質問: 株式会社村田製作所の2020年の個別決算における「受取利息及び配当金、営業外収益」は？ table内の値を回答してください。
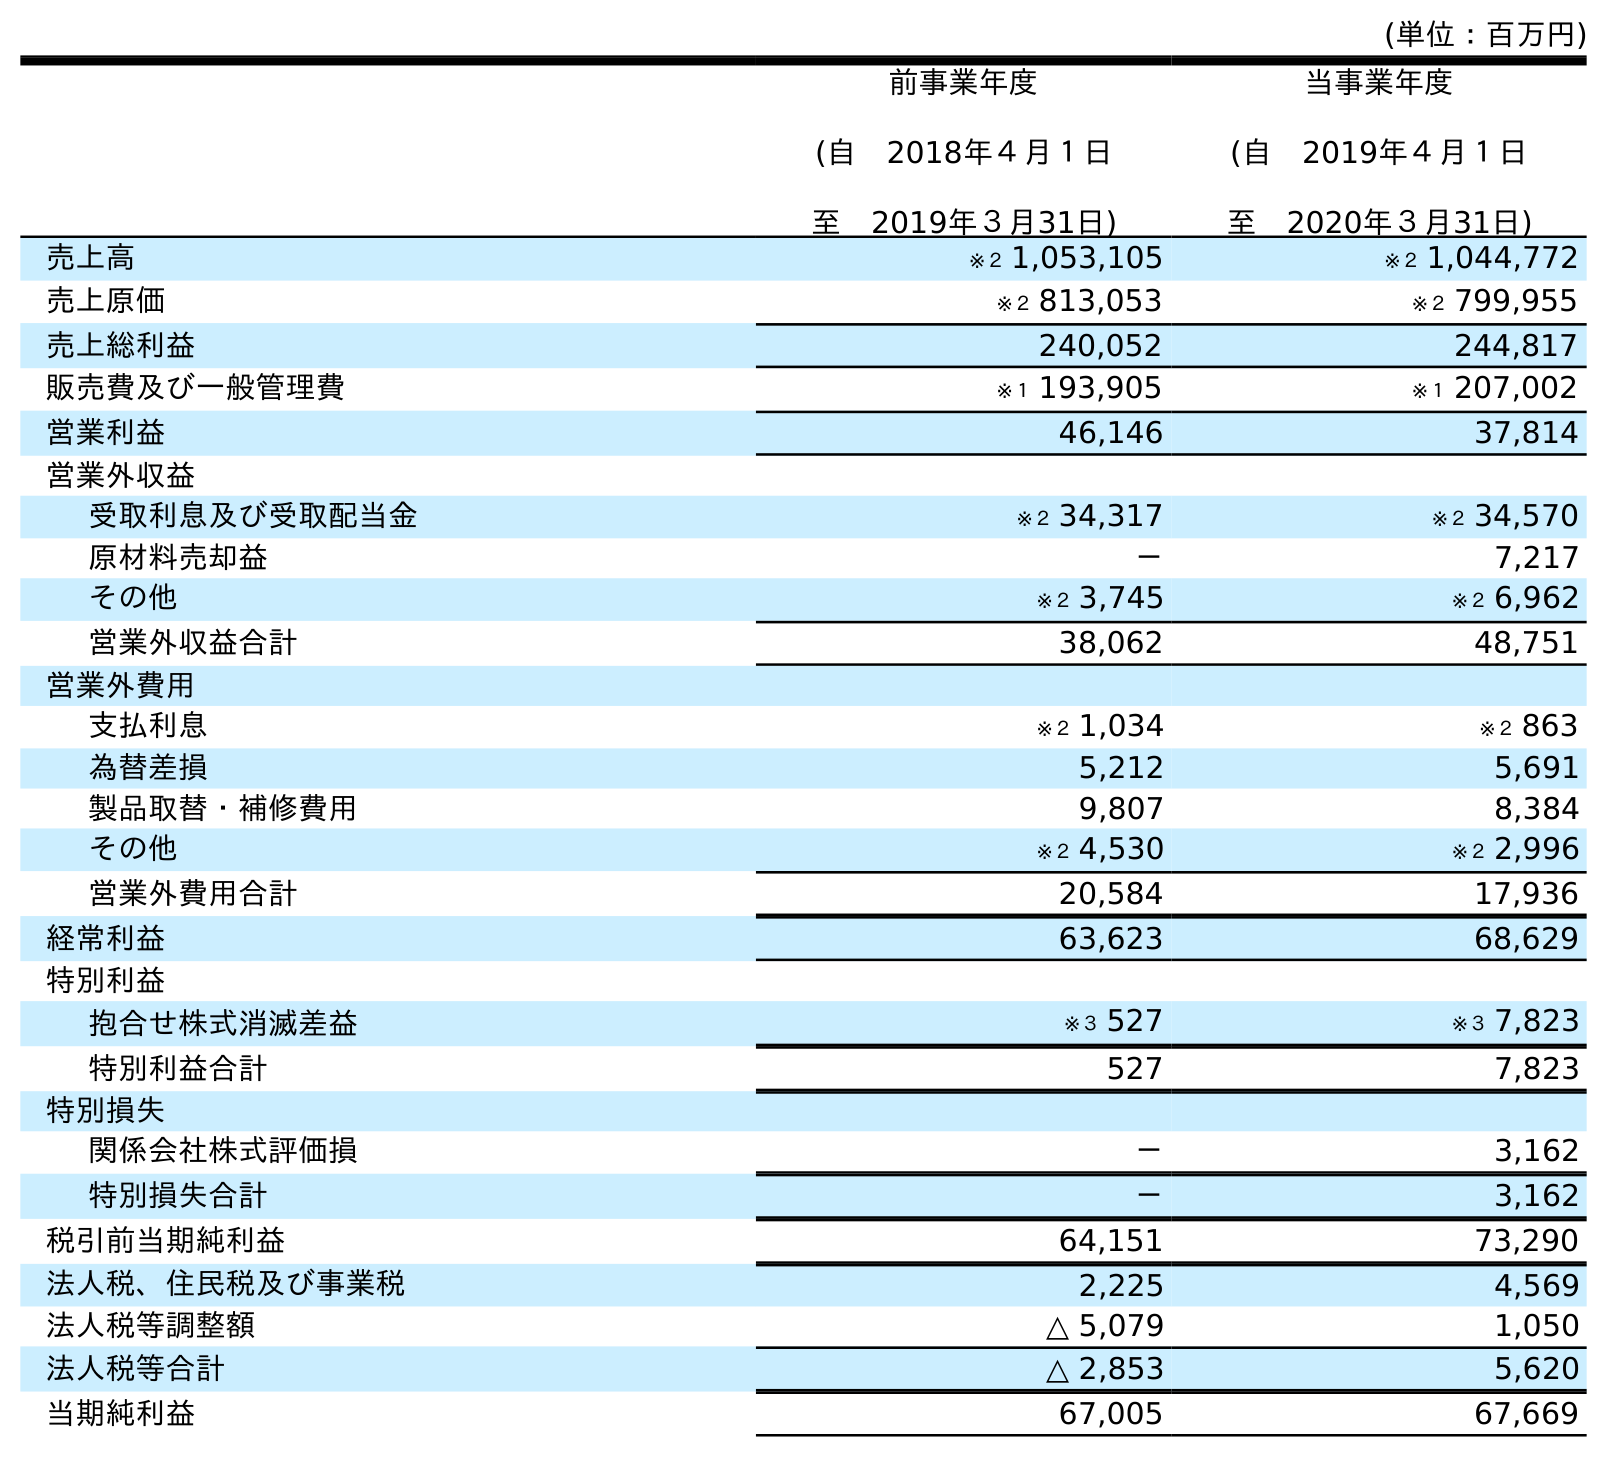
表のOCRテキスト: (単位：百万円) 前事業年度 (自 2018年４月１日 至 2019年３月31日) 当事業年度 (自 2019年４月１日 至 2020年３月31日) 売上高 ※２ 1,053,105 ※２ 1,044,772 売上原価 ※２ 813,053 ※２ 799,955 売上総利益 240,052 244,817 販売費及び一般管理費 ※１ 193,905 ※１ 207,002 営業利益 46,146 37,814 営業外収益 受取利息及び受取配当金 ※２ 34,317 ※２ 34,570 原材料売却益 － 7,217 その他 ※２ 3,745 ※２ 6,962 営業外収益合計 38,062 48,751 営業外費用 支払利息 ※２ 1,034 ※２ 863 為替差損 5,212 5,691 製品取替・補修費用 9,807 8,384 その他 ※２ 4,530 ※２ 2,996 営業外費用合計 20,584 17,936 経常利益 63,623 68,629 特別利益 抱合せ株式消滅差益 ※３ 527 ※３ 7,823 特別利益合計 527 7,823 特別損失 関係会社株式評価損 － 3,162 特別損失合計 － 3,162 税引前当期純利益 64,151 73,290 法人税、住民税及び事業税 2,225 4,569 法人税等調整額 △ 5,079 1,050 法人税等合計 △ 2,853 5,620 当期純利益 67,005 67,669
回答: ※２34,570